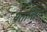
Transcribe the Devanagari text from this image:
यतन्ति